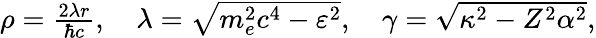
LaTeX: \begin{array}{r}{\rho=\frac{2\lambda r}{\hbar c},\quad\lambda=\sqrt{m_{e}^{2}c^{4}-\varepsilon^{2}},\quad\gamma=\sqrt{\kappa^{2}-Z^{2}\alpha^{2}},}\end{array}